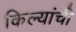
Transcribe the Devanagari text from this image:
किल्यांची